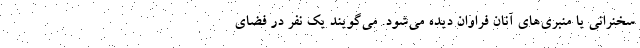
سخنرانی یا منبری‌های آنان فراوان دیده می‌شود. می‌گویند یک نفر در فضای